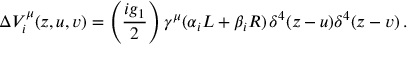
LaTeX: \Delta V _ { i } ^ { \mu } ( z , u , v ) = \left( \frac { i g _ { 1 } } { 2 } \right) \gamma ^ { \mu } ( \alpha _ { i } L + \beta _ { i } R ) \, \delta ^ { 4 } ( z - u ) \delta ^ { 4 } ( z - v ) \, .